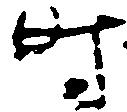
時